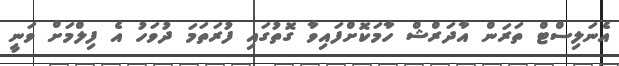
އެނަލިސްޓް ތަރަން އާދަރްޝް ހާމަކޮށްފައިވާ ގޮތުގައި ފުރަތަމަ ދުވަހު އެ ފިލްމަށް ވަނީ